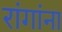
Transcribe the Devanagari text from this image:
रांगांना